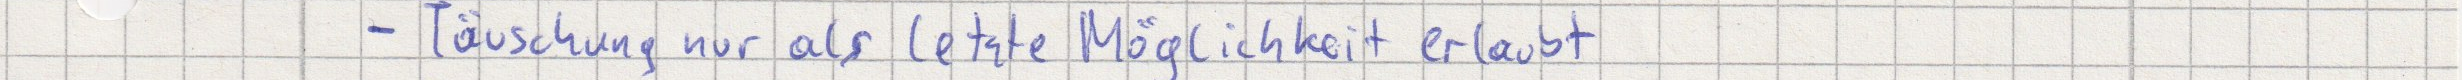
- Täuschung nur als letzte Möglichkeit erlaubt